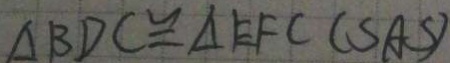
\Delta B D C \cong \Delta E F C ( S A S )